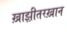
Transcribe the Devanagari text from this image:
ख़ाझ़ीतरख़ान